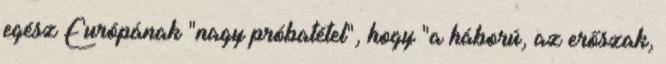
egész Európának "nagy próbatétel", hogy "a háború, az erőszak,